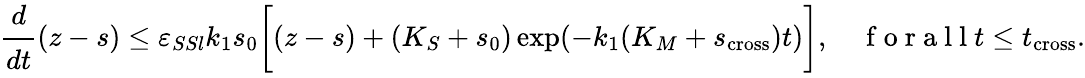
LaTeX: \cfrac{d}{dt}(z-s)\leq\varepsilon_{SSl}k_{1}s_{0}\bigg[(z-s)+(K_{S}+s_{0})\exp(-k_{1}(K_{M}+s_{\mathrm{cross}})t)\bigg],\quad\mathrm{~f~o~r~a~l~l~}t\leq t_{\mathrm{cross}}.